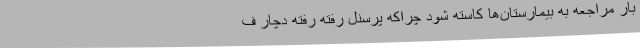
بار مراجعه به بیمارستان‌ها کاسته شود چراکه پرسنل رفته رفته دچار ف